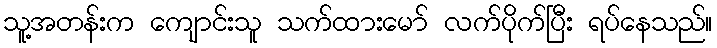
သူ့အတန်းက ကျောင်းသူ သက်ထားမော် လက်ပိုက်ပြီး ရပ်နေသည်။